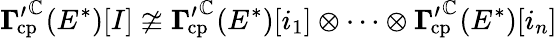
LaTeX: {{\boldsymbol{\Gamma}^{\prime}}^{\mathbb{C}}}_{\! \! \! \! \! \! \mathrm{cp}}(E^{\ast})[I]\ncong{{\boldsymbol{\Gamma}^{\prime}}^{\mathbb{C}}}_{\! \! \! \! \! \! \mathrm{cp}}(E^{\ast})[i_{1}]\otimes\dots\otimes{{\boldsymbol{\Gamma}^{\prime}}^{\mathbb{C}}}_{\! \! \! \! \! \! \mathrm{cp}}(E^{\ast})[i_{n}]